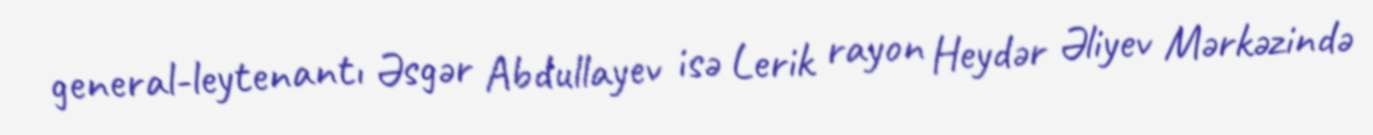
general-leytenantı Əsgər Abdullayev isə Lerik rayon Heydər Əliyev Mərkəzində